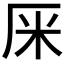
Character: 𠩕